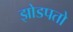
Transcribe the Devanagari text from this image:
झोडपतो